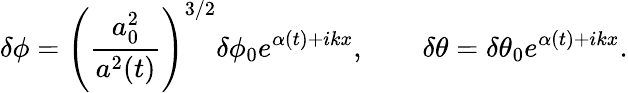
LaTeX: \delta\phi=\left(\frac{a_{0}^{2}}{a^{2}(t)}\right)^{3/2}\delta\phi_{0}e^{\alpha(t)+ikx},\qquad\delta\theta=\delta\theta_{0}e^{\alpha(t)+ikx}.